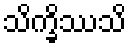
သိက္ခိဿသိ